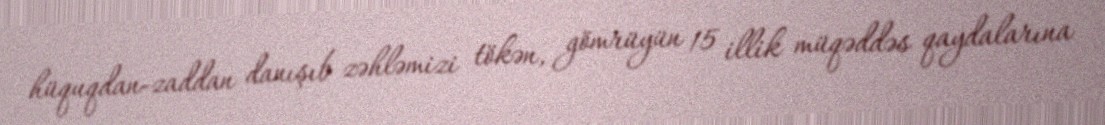
hüquqdan-zaddan danışıb zəhləmizi tökən, gömrüyün 15 illik müqəddəs qaydalarına